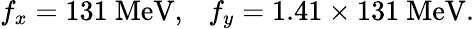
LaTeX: f_{x}=131~\mathrm{MeV},\ \ \ f_{y}=1.41\times 131~\mathrm{MeV}.